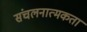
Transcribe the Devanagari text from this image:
संचलनात्मकता